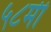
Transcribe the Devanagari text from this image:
५८मी